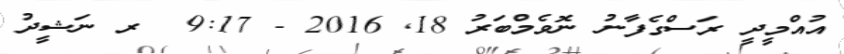
އުއްމީދީ ރަސްގެފާނު ނޮވެމްބަރު 18